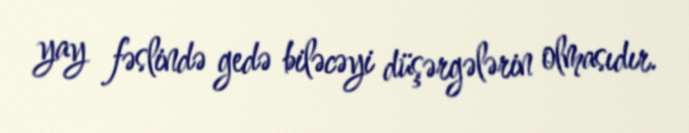
yay fəslində gedə biləcəyi düşərgələrin olmasıdır.